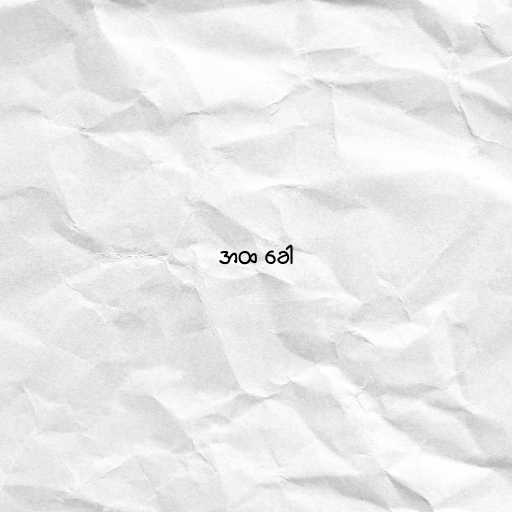
အထ ခေါ